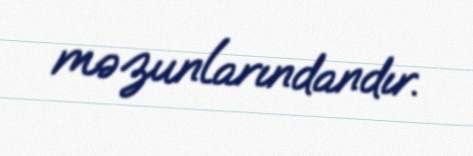
məzunlarındandır.